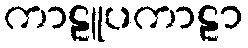
ကာဠူပကာဠာ